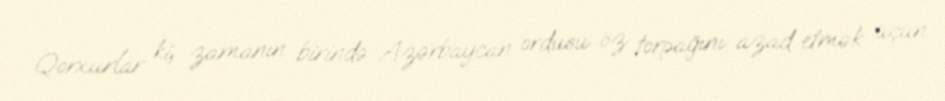
Qorxurlar ki, zamanın birində Azərbaycan ordusu öz torpağını azad etmək üçün